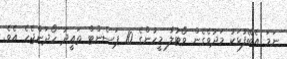
ނަމަ އެބޭފުޅަކު މަދުވެގެން ވޯޓުލާ މީހުންގެ 10 ޕަސެންޓް ތައީދު ހޯދަންޖެހެ އެވެ.